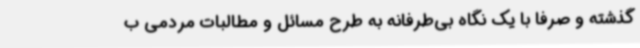
گذشته و صرفاً با یک نگاه بی‌طرفانه به طرح مسائل و مطالبات مردمی ب